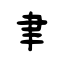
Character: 聿